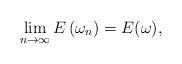
LaTeX: \begin{align*}\lim _{n \rightarrow \infty} E\left(\omega_{n}\right)=E(\omega),\end{align*}